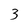
Character: 3